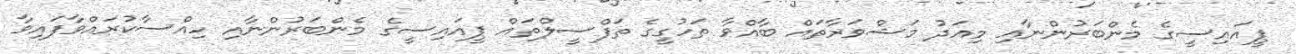
ޕީއައިސީގެ މެންބަރުންނާއި މިއަދު މަޝްވަރާތައް ބާއްވާ ތަހުގީގެ ތަފްސީލްތައް ޕީއައިސީގެ މެންބަރުންނާއި ހިއްސާކުރައްވާފައިވާ